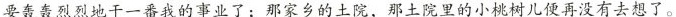
要轰轰烈烈地干一番我的事业了；那家乡的土院，那土院里的小桃树儿便再没有去想了。